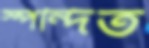
স্পন্দিত